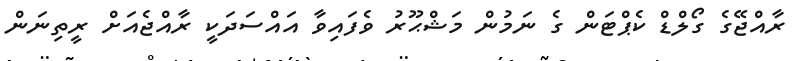
ރާއްޖޭގެ ގޯލްޑް ކެޕްޓަން ގެ ނަމުން މަޝްޙޫރު ވެފައިވާ އައްސަދަކީ ރާއްޖެއަށް ރީތިނަން